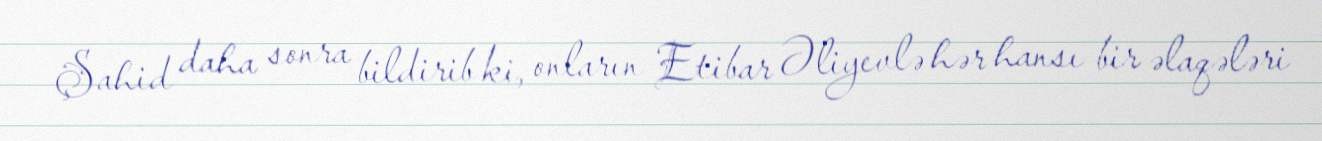
Şahid daha sonra bildirib ki, onların Etibar Əliyevlə hər hansı bir əlaqələri